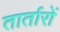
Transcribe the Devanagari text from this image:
तार्तारों